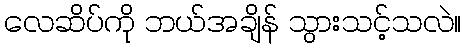
လေဆိပ်ကို ဘယ်အချိန် သွားသင့်သလဲ။